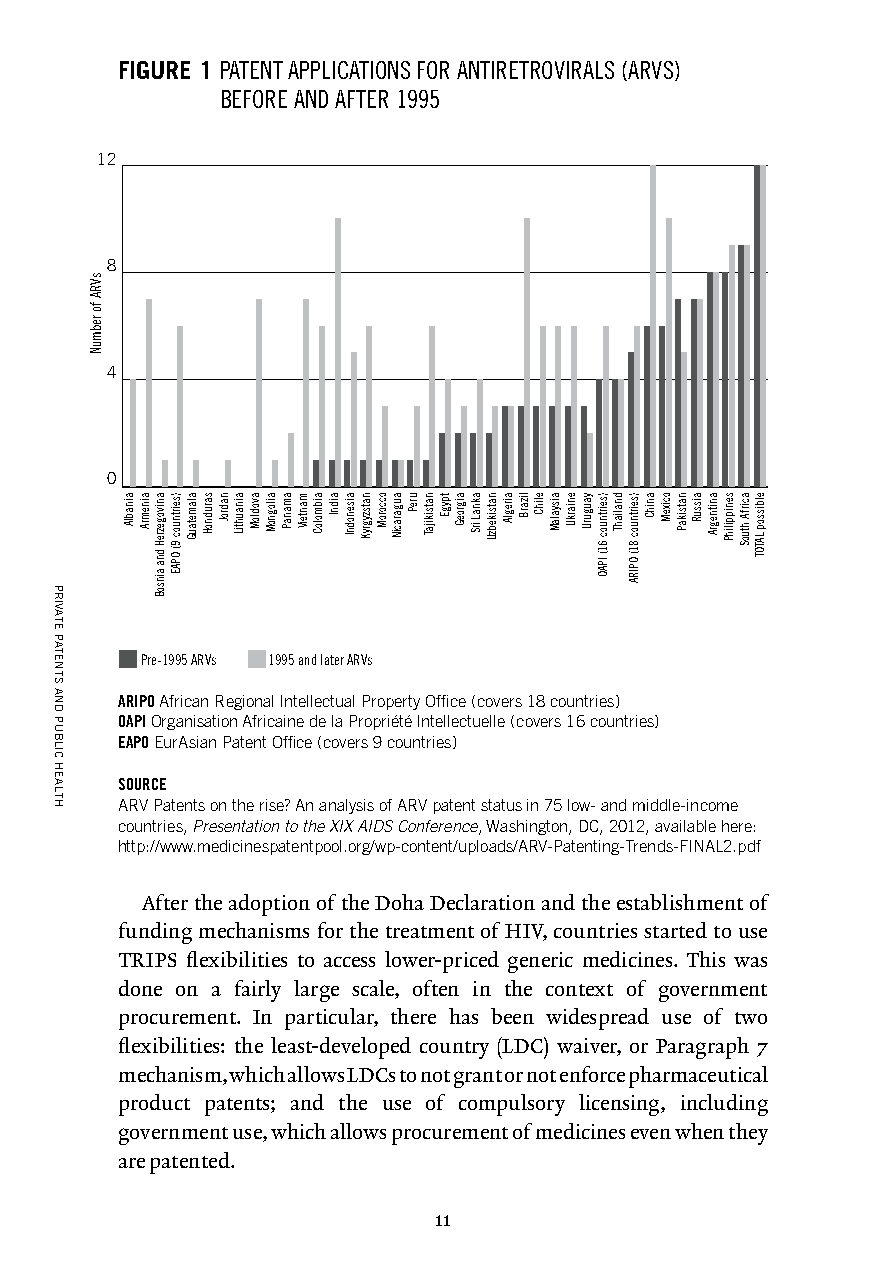
FIGURE 1 PATENT APPLICATIONS FOR ANTIRETROVIRALS (ARVS)
 BEFORE AND AFTER 1995
 12
 8
 4
 0
 Pre-1995 ARVs 1995 and later ARVs
 ARIPO African Regional Intellectual Property Office (covers 18 countries)
 OAPI Organisation Africaine de la Propriété Intellectuelle (covers 16 countries)
 EAPO EurAsian Patent Office (covers 9 countries)
 SOURCE
 ARV Patents on the rise? An analysis of ARV patent status in 75 low- and middle-income
 countries, Presentation to the XIX AIDS Conference, Washington, DC, 2012, available here:
 http://www.medicinespatentpool.org/wp-content/uploads/ARV-Patenting-Trends-FINAL2.pdf
 After the adoption of the Doha Declaration and the establishment of
 funding mechanisms for the treatment of HIV, countries started to use
 TRIPS flexibilities to access lower-priced generic medicines. This was
 done on a fairly large scale, often in the context of government
 procurement. In particular, there has been widespread use of two
 flexibilities: the least-developed country (LDC) waiver, or Paragraph 7
 mechanism, which allows LDCs to not grant or not enforce pharmaceutical
 product patents; and the use of compulsory licensing, including
 government use, which allows procurement of medicines even when they
 are patented.
 11
 PRIVATE
 PATENTS
 AND
 PUBLIC
 HEALTH
 sVRA
 fo
 rebmuN
 ainablA ainemrA anivogezreH
 dna
 ainsoB
 )seirtnuoc
 9(
 OPAE
 alametauG sarudnoH nadroJ ainauhtiL avodloM ailognoM amanaP manteiV aibmoloC aidnI aisenodnI natszygryK occoroM augaraciN ureP natsikijaT tpygE aigroeG aknaL
 irS
 natsikebzU aireglA lizarB elihC aisyalaM eniarkU yaugurU )seirtnuoc
 61(
 IPAO
 dnaliahT )seirtnuoc
 81(
 OPIRA
 anihC ocixeM natsikaP aissuR anitnegrA senippilihP acirfA
 htuoS
 elbissop
 LATOT